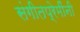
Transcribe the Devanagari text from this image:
संगीतप्रेमींनी